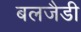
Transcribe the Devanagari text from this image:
बलजैडी